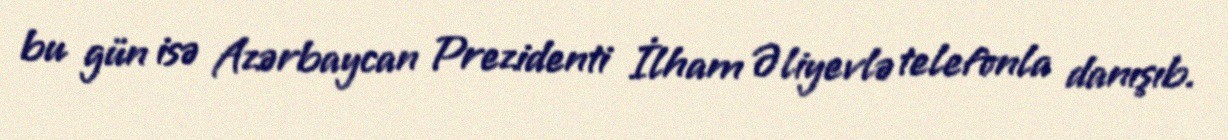
bu gün isə Azərbaycan Prezidenti İlham Əliyevlə telefonla danışıb.